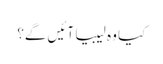
کیا وہ لیبیا آئیں گے؟